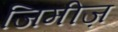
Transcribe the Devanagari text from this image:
जिमीज़